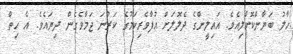
ހާލު ބަޔާންކޮށްލިއެވެ. އައިލީންގެ ދެލޮލަށް އުފާވެރިކަމުގެ ކަރުނަ ޖަމާވެގެން ދިޔައެވެ. އެ ހިތް